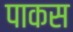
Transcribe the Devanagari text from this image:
पाकस